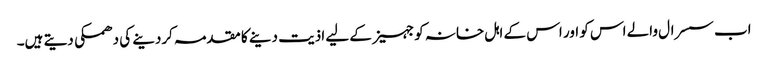
اب سسرال والے اس کو اور اس کے اہل خانہ کو جہیز کے لیے اذیت دینے کا مقدمہ کردینے کی دھمکی دیتے ہیں۔